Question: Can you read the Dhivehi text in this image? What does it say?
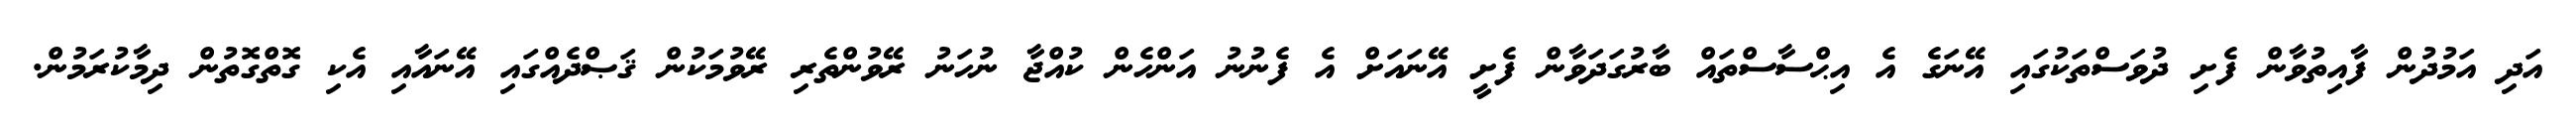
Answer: އަދި އަމުދުން ފާއިތުވާން ފެށި ދުވަސްތަކުގައި އޭނަގެ އެ އިޙްސާސްތައް ބާރުގަދަވާން ފެށީ އޭނައަށް އެ ފެނުނު އަންހެން ކުއްޖާ ނުހަނު ރޭވުންތެރި ރޭވުމަކުން ޤަޞްދެއްގައި އޭނައާއި އެކި ގޮތްގޮތުން ދިމާކުރަމުން.